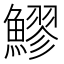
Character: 𬵩